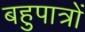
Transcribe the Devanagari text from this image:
बहुपात्रों